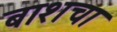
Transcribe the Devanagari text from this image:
बाशचा